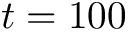
t = 1 0 0